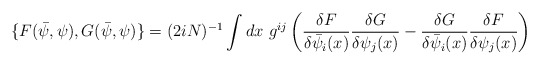
\begin{align*}\{F(\bar\psi,\psi),G(\bar\psi,\psi)\}=(2iN)^{-1}\int dx ~g^{ij}\left(\frac{\delta F}{\delta \bar \psi_i(x)}\frac{\delta G}{\delta\psi_j(x)}-\frac{\delta G}{\delta \bar\psi_i(x)}\frac{\delta F}{\delta \psi_j(x)}\right)\end{align*}